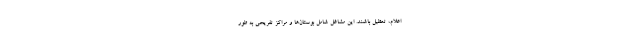
اعلام، تعطیل باشند. این مشاغل شامل بوستان‌ها و مراکز تفریحی به طور